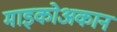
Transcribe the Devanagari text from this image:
माइकोअकान